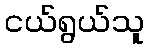
ငယ်ရွယ်သူ